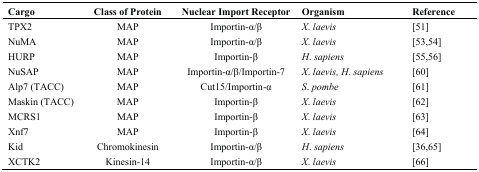
| Cargo | Class of Protein | Nuclear Import Receptor | Organism | Reference |
 | --- | --- | --- | --- | --- |
 | TPX2 | MAP | Importin-α/β | X. laevis | [51] |
 | NuMA | MAP | Importin-α/β | X. laevis | [53,54] |
 | HURP | MAP | Importin-β | H. sapiens | [55,56] |
 | NuSAP | MAP | Importin-α/β/Importin-7 | X. laevis, H. sapiens | [60] |
 | Alp7 (TACC) | MAP | Cut15/Importin-α | S. pombe | [61] |
 | Maskin (TACC) | MAP | Importin-β | X. laevis | [62] |
 | MCRS1 | MAP | Importin-β | X. laevis | [63] |
 | Xnf7 | MAP | Importin-β | X. laevis | [64] |
 | Kid | Chromokinesin | Importin-α/β | H. sapiens | [36,65] |
 | XCTK2 | Kinesin-14 | Importin-α/β | X. laevis | [66] |